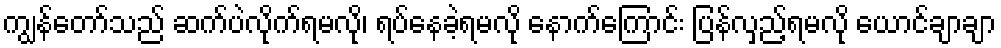
ကျွန်တော်သည် ဆက်ပဲလိုက်ရမလို၊ ရပ်နေခဲ့ရမလို နောက်ကြောင်း ပြန်လှည့်ရမလို ယောင်ချာချာ